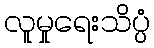
လူမှုရေးသိပ္ပံ